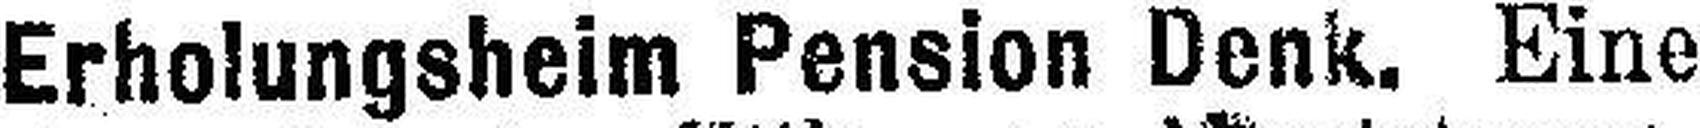
Erholungsheim Pension Denk. Eine